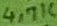
Text: 4,7K